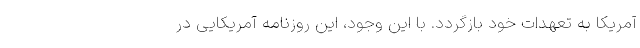
آمریکا به تعهدات خود بازگردد. با این وجود، این روزنامه آمریکایی در